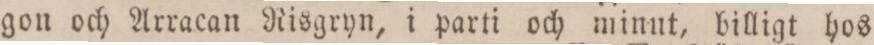
gon och Arracan Risgryn, i parti och minut, billigt hos